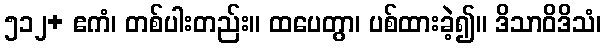
၅၁၂+ ဧကံ၊ တစ်ပါးတည်း။ ထပေတွာ၊ ပစ်ထားခဲ့၍။ ဒိသာဝိဒိသံ၊